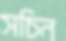
সচিন